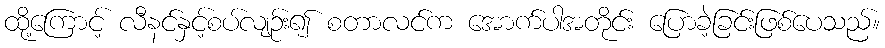
ထို့ကြောင့် လီနင်နှင့်စပ်လျဉ်း၍ စတာလင်က အောက်ပါအတိုင်း ပြောခဲ့ခြင်းဖြစ်ပေသည်။